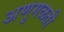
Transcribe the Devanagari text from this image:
अणुगळती